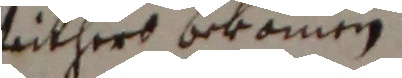
vithers bekommen.